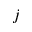
j